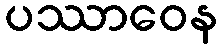
ပဿာဝေန